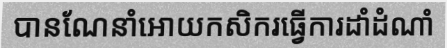
បានណែនាំអោយកសិករធ្វើការដាំដំណាំ